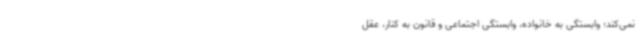
نمی‌کند؛ وابستگی به خانواده، وابستگی اجتماعی و قانون به کنار، عقل